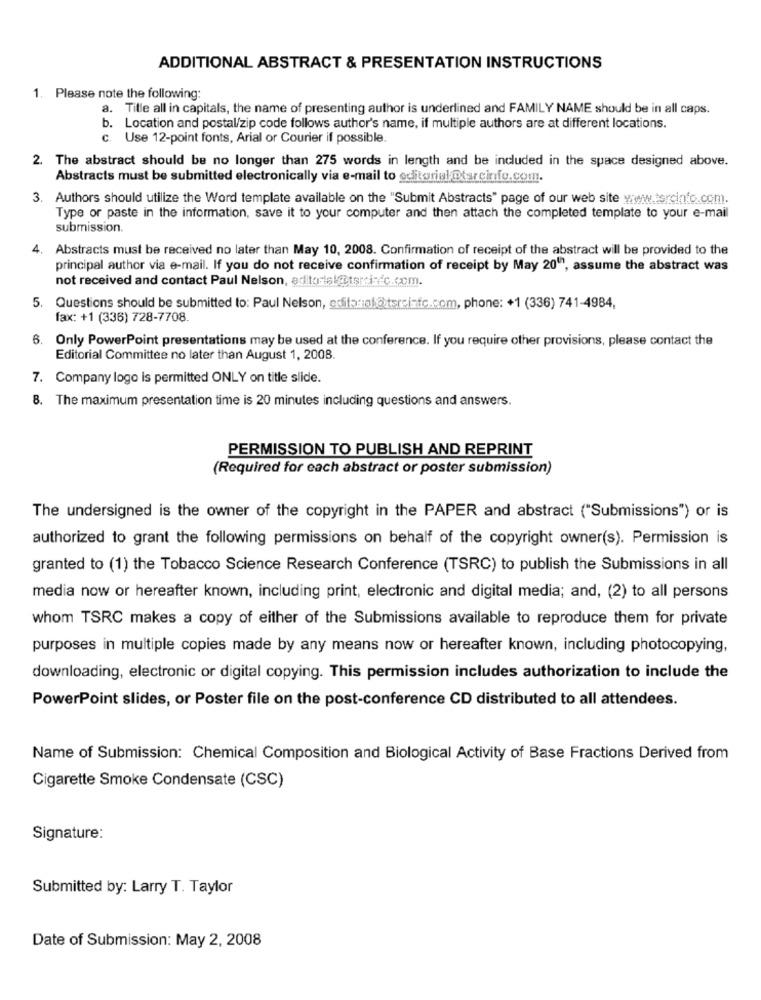
ADDITIONAL ABSTRACT & PRESENTATION INSTRUCTIONS
1. Please note the following:
a. Title all in capitals, the name of presenting author is underlined and FAMILY NAME should be in all caps.
b. Location and postal/zip code follows author's name, if multiple authors are at different locations.
c. Use 12-point fonts, Arial or Courier if possible.
2. The abstract should be no longer than 275 words in length and be included in the space designed above.
Abstracts must be submitted electronically via e-mail to editorial Dtarcinfo.com.
3. Authors should utilize the Word template available on the "Submit Abstracts" page of our web site www.tercinfo.com.
Type or paste in the information, save it to your computer and then attach the completed template to your e-mail
submission.
4. Abstracts must be received no later than May 10, 2008. Confirmation of receipt of the abstract will be provided to the
principal author via e-mail. If you do not receive confirmation of receipt by May 2010, assume the abstract was
not received and contact Paul Nelson, edto-sl@tsrdi-c.com.
5. Questions should be submitted to: Paul Nelson, editorial@tsreinfc.com, phone: +1 (336) 741-4984,
fax: +1 (336) 728-7708.
6. Only PowerPoint presentations may be used at the conference. If you require other provisions, please contact the
Editorial Committee no later than August 1, 2008.
7. Company logo is permitted ONLY on title slide.
8. The maximum presentation time is 20 minutes including questions and answers.
PERMISSION TO PUBLISH AND REPRINT
(Required for each abstract or poster submission)
The undersigned is the owner of the copyright in the PAPER and abstract ("Submissions") or is
authorized to grant the following permissions on behalf of the copyright owner(s). Permission is
granted to (1) the Tobacco Science Research Conference (TSRC) to publish the Submissions in all
media now or hereafter known, including print, electronic and digital media; and, (2) to all persons
whom TSRC makes a copy of either of the Submissions available to reproduce them for private
purposes in multiple copies made by any means now or hereafter known, including photocopying,
downloading, electronic or digital copying. This permission includes authorization to include the
PowerPoint slides, or Poster file on the post-conference CD distributed to all attendees.
Name of Submission: Chemical Composition and Biological Activity of Base Fractions Derived from
Cigarette Smoke Condensate (CSC)
Signature:
Submitted by: Larry T. Taylor
Date of Submission: May 2, 2008